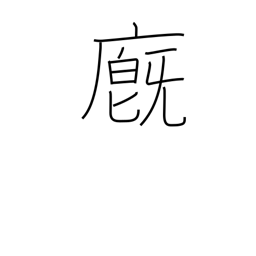
Meaning: barn